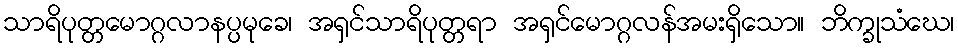
သာရိပုတ္တမောဂ္ဂလာနပ္ပမုခေ၊ အရှင်သာရိပုတ္တရာ အရှင်မောဂ္ဂလန်အမးရှိသော။ ဘိက္ခုသံဃေ၊